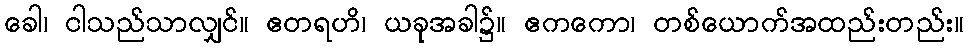
ခေါ၊ ငါသည်သာလျှင်။ ဧတရဟိ၊ ယခုအခါ၌။ ဧကကော၊ တစ်ယောက်အထည်းတည်း။